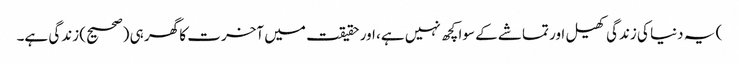
) یہ دنیا کی زندگی کھیل اور تماشے کے سوا کچھ نہیں ہے، اور حقیقت میں آخرت کا گھر ہی (صحیح) زندگی ہے۔